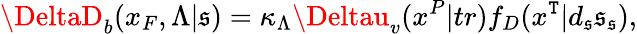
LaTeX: \DeltaD_{b}(x_{F},\Lambda|\mathfrak{s})=\kappa_{\Lambda}\Deltau_{v}(x^{P}|tr)f_{D}(x^{\mathtt{T}}|d_{\mathfrak{s}}\mathfrak{s}_{\mathfrak{s}}),